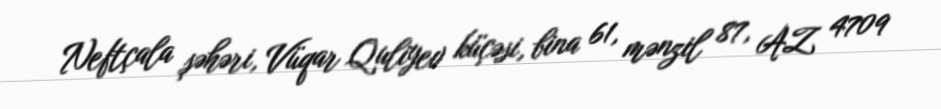
Neftçala şəhəri, Vüqar Quliyev küçəsi, bina 61, mənzil 87, AZ 4709